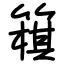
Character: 簯